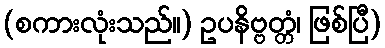
(စကားလုံးသည်။) ဥပနိဗ္ဗတ္တံ၊ ဖြစ်ပြီ)